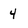
Character: 4